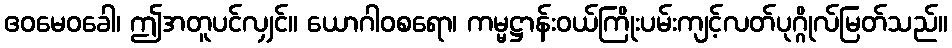
ဧဝမေဝခေါ၊ ဤအတူပင်လျှင်။ ယောဂါဝစရော၊ ကမ္မဋ္ဌာန်းဝယ်ကြိုးပမ်းကျင့်လတ်ပုဂ္ဂိုလ်မြတ်သည်။